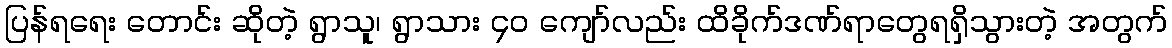
ပြန်ရရေး တောင်း ဆိုတဲ့ ရွာသူ၊ ရွာသား ၄၀ ကျော်လည်း ထိခိုက်ဒဏ်ရာတွေရရှိသွားတဲ့ အတွက်